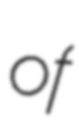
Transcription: of